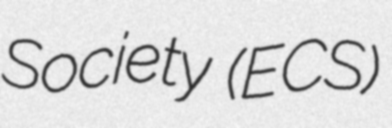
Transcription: Society (ECS)